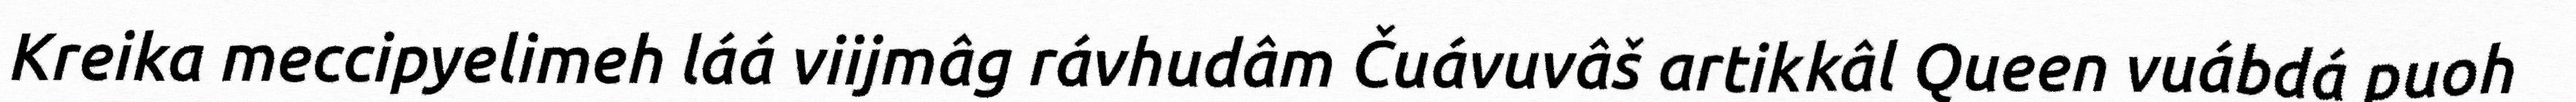
Kreika meccipyelimeh láá viijmâg rávhudâm Čuávuvâš artikkâl Queen vuábdá puoh